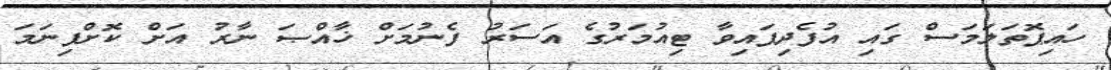
ހައިޕޮތަލަމަސް ގައި އުފެދިފައިވާ ޓިއުމަރުގެ އަސަރު ފެނުމަށް ޚާއްޞަ ނާރު އަށް ކޮށްފިނަމަ